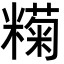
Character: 𬖶